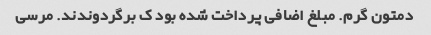
دمتون گرم. مبلغ اضافی پرداخت شده بود ک برگردوندند. مرسی